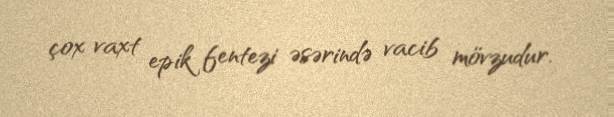
çox vaxt epik fentezi əsərində vacib mövzudur.